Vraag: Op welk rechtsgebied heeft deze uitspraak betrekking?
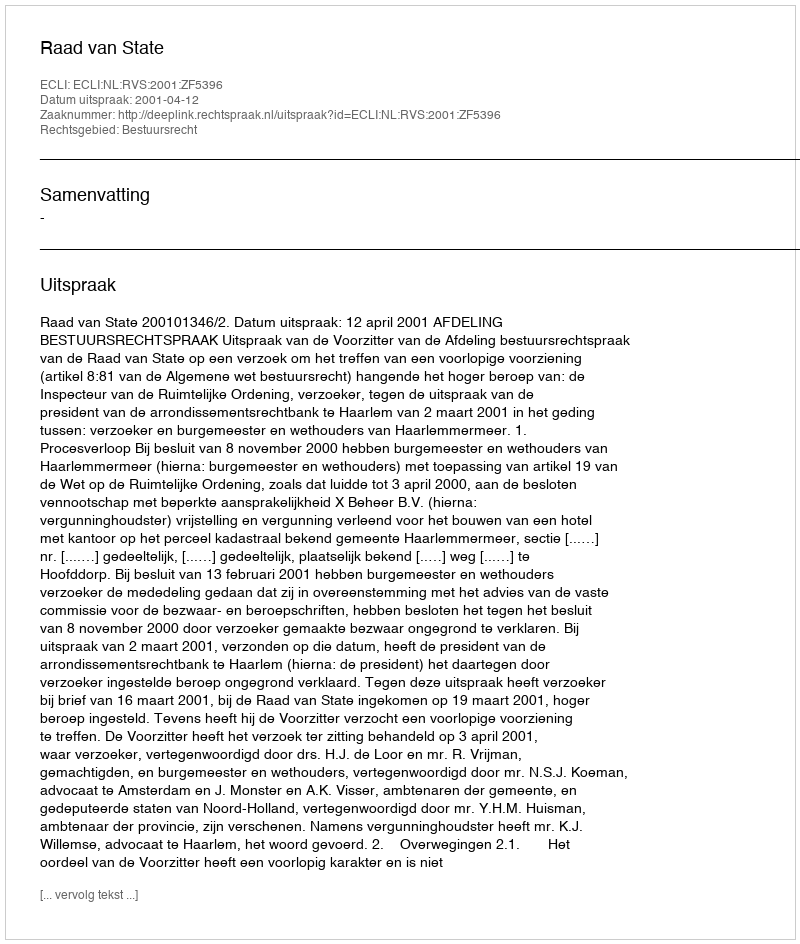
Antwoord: Bestuursrecht